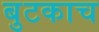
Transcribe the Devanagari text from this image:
बुटकाच